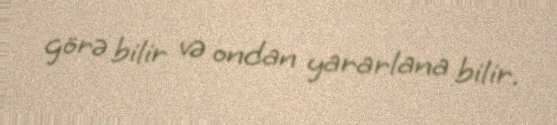
görə bilir və ondan yararlana bilir.